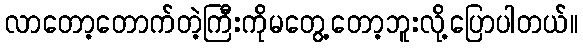
လာတော့တောက်တဲ့ကြီးကိုမတွေ့တော့ဘူးလို့ပြောပါတယ်။